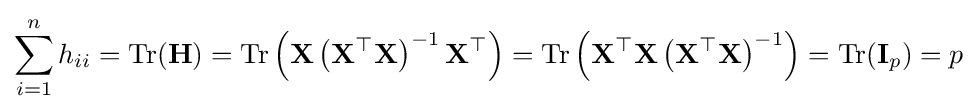
\sum _{i=1}^{n}h_{ii}=\operatorname {Tr} (\mathbf {H} )=\operatorname {Tr} \left(\mathbf {X} \left(\mathbf {X} ^{\top }\mathbf {X} \right)^{-1}\mathbf {X} ^{\top }\right)=\operatorname {Tr} \left(\mathbf {X} ^{\top }\mathbf {X} \left(\mathbf {X} ^{\top }\mathbf {X} \right)^{-1}\right)=\operatorname {Tr} (\mathbf {I} _{p})=p